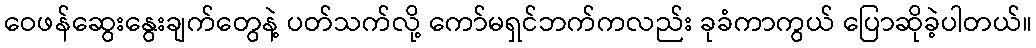
ဝေဖန်ဆွေးနွေးချက်တွေနဲ့ ပတ်သက်လို့ ကော်မရှင်ဘက်ကလည်း ခုခံကာကွယ် ပြောဆိုခဲ့ပါတယ်။